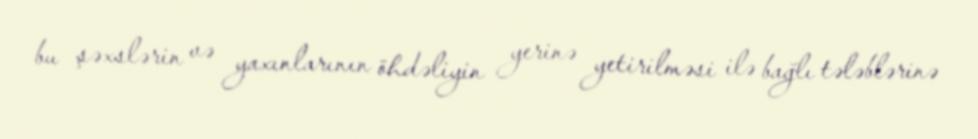
bu şəxslərin və yaxınlarının öhdəliyin yerinə yetirilməsi ilə bağlı tələblərinə